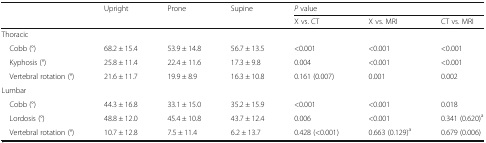
<table><thead><tr><td rowspan="2"></td><td rowspan="2"><b>Upright</b></td><td rowspan="2"><b>Prone</b></td><td rowspan="2"><b>Supine</b></td><td colspan="3"><b><i>P</i> value</b></td></tr><tr><td><b>X vs. CT</b></td><td><b>X vs. MRI</b></td><td><b>CT vs. MRI</b></td></tr></thead><tbody><tr><td colspan="7">Thoracic</td></tr><tr><td> Cobb (°)</td><td>68.2 ± 15.4</td><td>53.9 ± 14.8</td><td>56.7 ± 13.5</td><td>&lt;0.001</td><td>&lt;0.001</td><td>&lt;0.001</td></tr><tr><td> Kyphosis (°)</td><td>25.8 ± 11.4</td><td>22.4 ± 11.6</td><td>17.3 ± 9.8</td><td>0.004</td><td>&lt;0.001</td><td>&lt;0.001</td></tr><tr><td> Vertebral rotation (°)</td><td>21.6 ± 11.7</td><td>19.9 ± 8.9</td><td>16.3 ± 10.8</td><td>0.161 (0.007)</td><td>0.001</td><td>0.002</td></tr><tr><td colspan="7">Lumbar</td></tr><tr><td> Cobb (°)</td><td>44.3 ± 16.8</td><td>33.1 ± 15.0</td><td>35.2 ± 15.9</td><td>&lt;0.001</td><td>&lt;0.001</td><td>0.018</td></tr><tr><td> Lordosis (°)</td><td>48.8 ± 12.0</td><td>45.4 ± 10.8</td><td>43.7 ± 12.4</td><td>0.006</td><td>&lt;0.001</td><td>0.341 (0.620)<sup>a</sup></td></tr><tr><td> Vertebral rotation (°)</td><td>10.7 ± 12.8</td><td>7.5 ± 11.4</td><td>6.2 ± 13.7</td><td>0.428 (&lt;0.001)</td><td>0.663 (0.129)<sup>a</sup></td><td>0.679 (0.006)</td></tr></tbody></table>